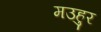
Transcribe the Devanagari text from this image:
मउहुर